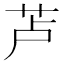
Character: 𱽗